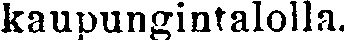
kaupungintalolla.